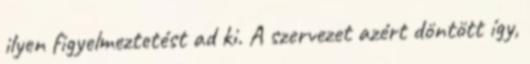
ilyen figyelmeztetést ad ki. A szervezet azért döntött így,